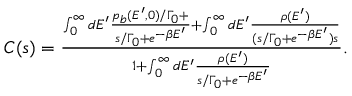
\begin{array} { r } { C ( s ) = \frac { \int _ { 0 } ^ { \infty } d E ^ { \prime } \frac { p _ { b } ( E ^ { \prime } , 0 ) / \Gamma _ { 0 } + } { s / \Gamma _ { 0 } + e ^ { - \beta E ^ { \prime } } } + \int _ { 0 } ^ { \infty } d E ^ { \prime } \frac { \rho ( E ^ { \prime } ) } { ( s / \Gamma _ { 0 } + e ^ { - \beta E ^ { \prime } } ) s } } { 1 + \int _ { 0 } ^ { \infty } d E ^ { \prime } \frac { \rho ( E ^ { \prime } ) } { s / \Gamma _ { 0 } + e ^ { - \beta E ^ { \prime } } } } . } \end{array}